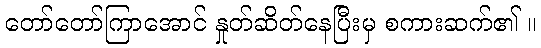
တော်တော်ကြာအောင် နှုတ်ဆိတ်နေပြီးမှ စကားဆက်၏ ။